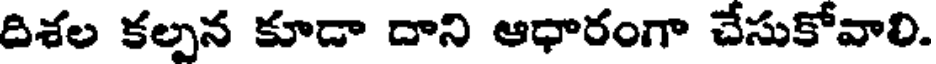
దిశల కల్పన కూడా దాని ఆధారంగా చేసుకోవాలి.